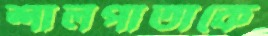
শালপাতাকে